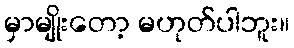
မှာမျိုးတော့ မဟုတ်ပါဘူး။